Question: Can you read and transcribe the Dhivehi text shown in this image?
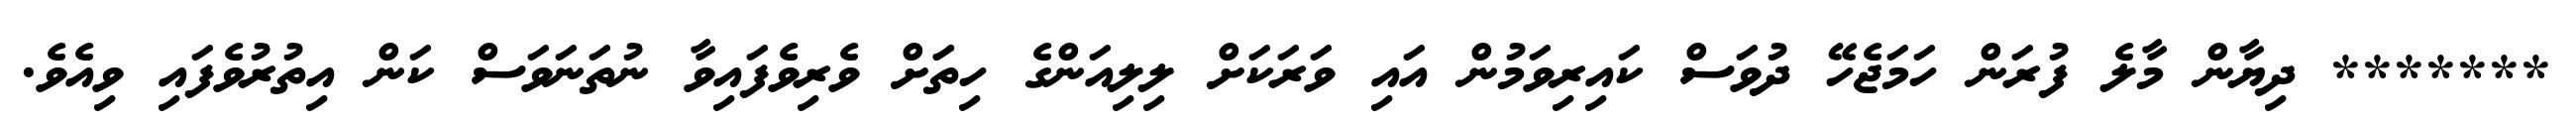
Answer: ******* ދިޔާން މާލެ ފުރަން ހަމަޖެހޭ ދުވަސް ކައިރިވަމުން އައި ވަރަކަށް ލިލިއަންގެ ހިތަަށް ވެރިވެފައިވާ ނުތަނަވަސް ކަން އިތުރުވެފައި ވިއެވެ.